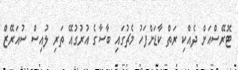
ޓޮރޭސްއަށް ދެއްކި ރަތް ކާޑަށްފަހު މެޗުގައި ބާސާގެ އުރުގުއޭ ތަރި ލުއިސް ސުއަރޭޒް